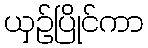
ယှဉ်ပြိုင်ကာ